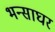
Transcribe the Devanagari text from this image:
भन्साघर